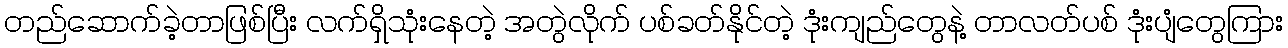
တည်ဆောက်ခဲ့တာဖြစ်ပြီး လက်ရှိသုံးနေတဲ့ အတွဲလိုက် ပစ်ခတ်နိုင်တဲ့ ဒုံးကျည်တွေနဲ့ တာလတ်ပစ် ဒုံးပျံတွေကြား